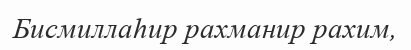
Бисмиллаһир рахманир рахим,